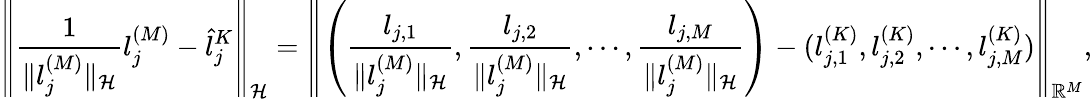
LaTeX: \left\| \frac{1}{\| l_{j}^{(M)}\| _{\cal{H}}}l_{j}^{(M)}-\hat{l}_{j}^{K}\right\| _{\cal{H}}=\left\| \left(\frac{l_{j,1}}{\| l_{j}^{(M)}\| _{\cal{H}}},\frac{l_{j,2}}{\| l_{j}^{(M)}\| _{\cal{H}}},\cdots,\frac{l_{j,M}}{\| l_{j}^{(M)}\| _{\cal{H}}}\right)-(l_{j,1}^{(K)},l_{j,2}^{(K)},\cdots,l_{j,M}^{(K)})\right\| _{\mathbb{R}^{M}},